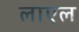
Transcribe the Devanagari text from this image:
लाएल